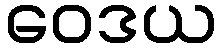
ဝေဒယ